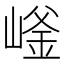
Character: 𱜄